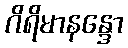
ဂိရိမာနန္ဒော